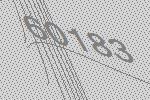
60183